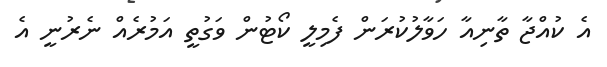
އެ ކުއްޖާ ތާނިއާ ހަވާލުކުރަން ފެމިލީ ކޯޓުން ވަގުތީ އަމުރެއް ނެރުނީ އެ